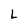
Character: L